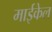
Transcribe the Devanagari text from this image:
माईकेल